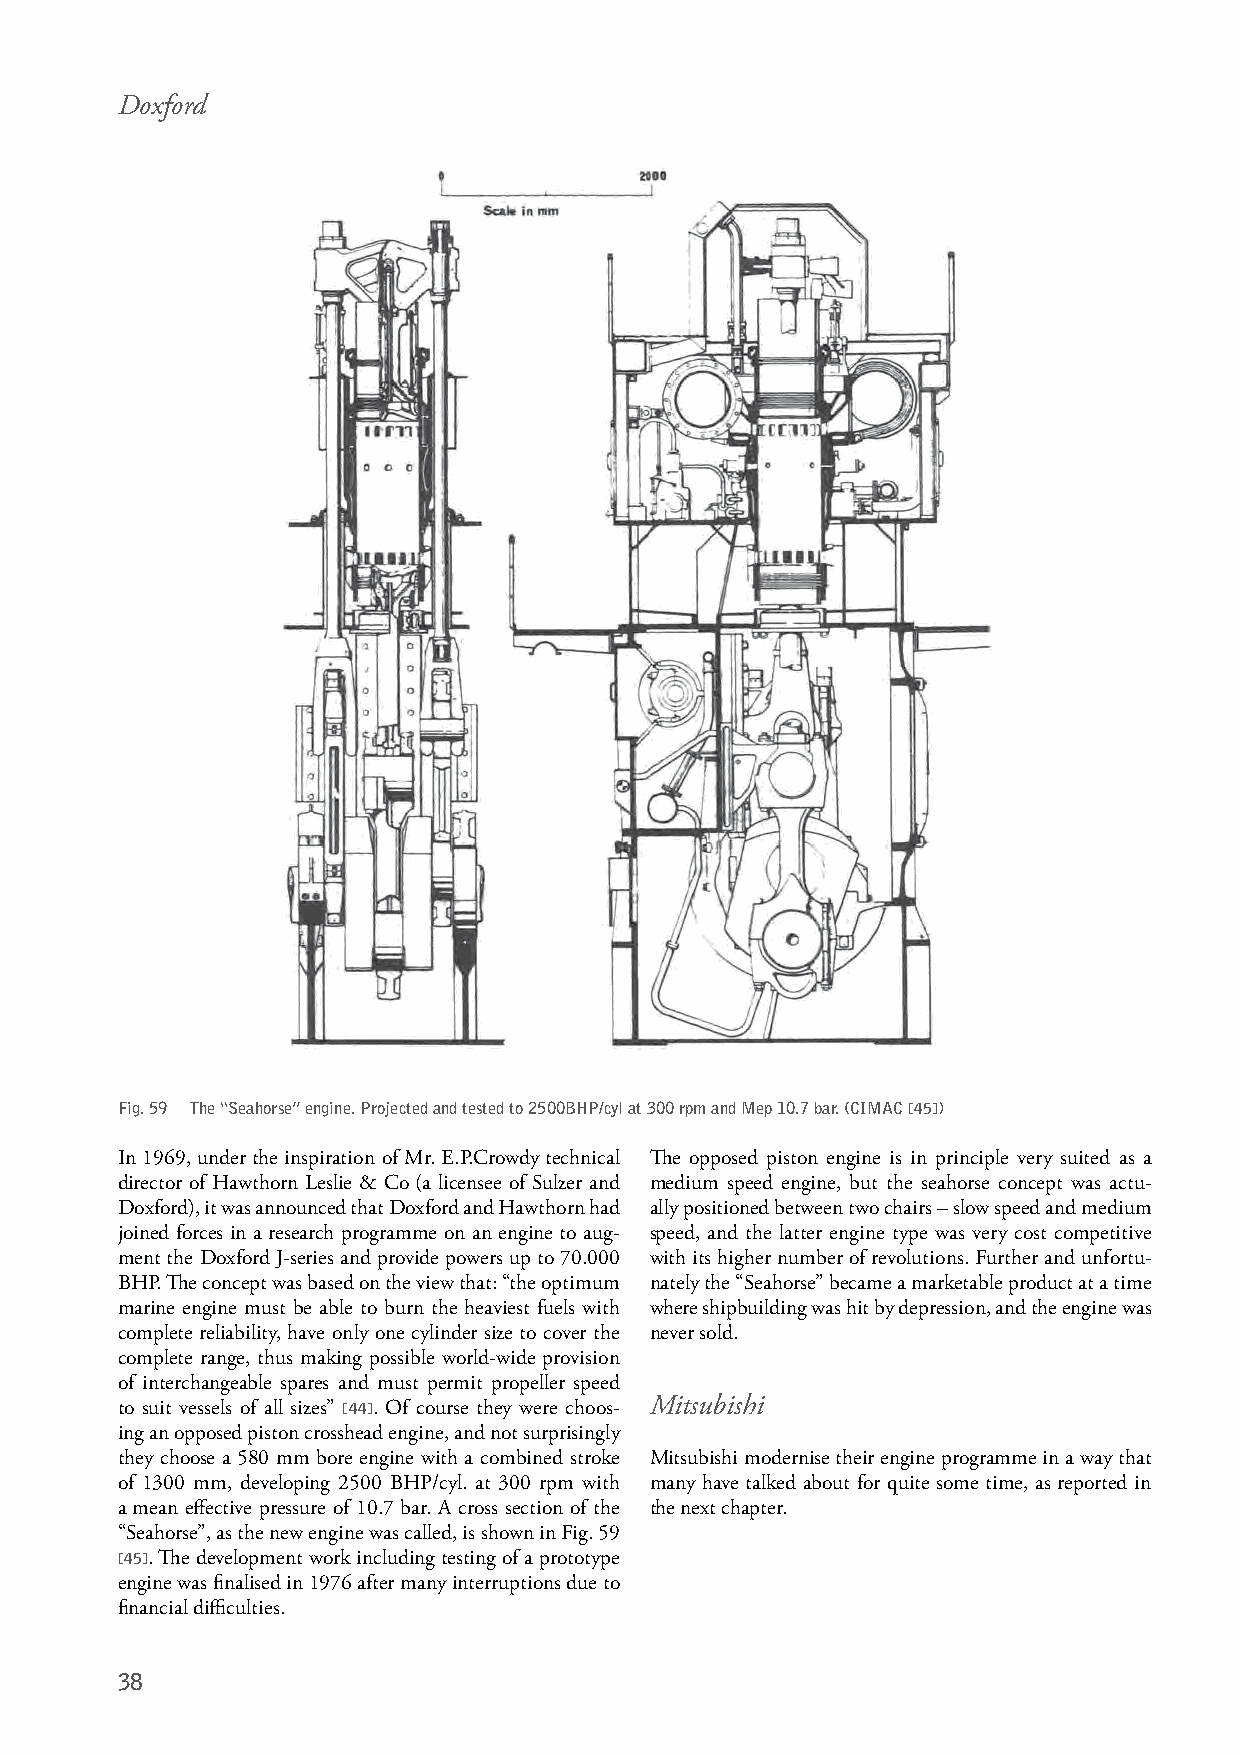
Doxford
 Fig. 59 The “Seahorse” engine. Projected and tested to 2500BHP/cyl at 300 rpm and Mep 10.7 bar. (CIMAC [45])
 In 1969, under the inspiration of Mr. E.P.Crowdy technical The opposed piston engine is in principle very suited as a
 director of Hawthorn Leslie & Co (a licensee of Sulzer and medium speed engine, but the seahorse concept was actu-
 Doxford), it was announced that Doxford and Hawthorn had ally positioned between two chairs – slow speed and medium
 joined forces in a research programme on an engine to aug- speed, and the latter engine type was very cost competitive
 ment the Doxford J-series and provide powers up to 70.000 with its higher number of revolutions. Further and unfortu-
 BHP. The concept was based on the view that: “the optimum nately the “Seahorse” became a marketable product at a time
 marine engine must be able to burn the heaviest fuels with where shipbuilding was hit by depression, and the engine was
 complete reliability, have only one cylinder size to cover the never sold.
 complete range, thus making possible world-wide provision
 of interchangeable spares and must permit propeller speed
 to suit vessels of all sizes” [44]. Of course they were choos- Mitsubishi
 ing an opposed piston crosshead engine, and not surprisingly
 they choose a 580 mm bore engine with a combined stroke Mitsubishi modernise their engine programme in a way that
 of 1300 mm, developing 2500 BHP/cyl. at 300 rpm with many have talked about for quite some time, as reported in
 a mean effective pressure of 10.7 bar. A cross section of the the next chapter.
 “Seahorse”, as the new engine was called, is shown in Fig. 59
 [45]. The development work including testing of a prototype
 engine was finalised in 1976 after many interruptions due to
 financial difficulties.
 38